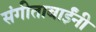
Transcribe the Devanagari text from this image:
संगीताबाईंनी